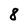
Character: 8